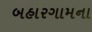
બહારગામના